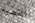
القضية